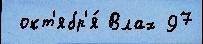
 окт'ябр'я́ Влах 97